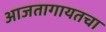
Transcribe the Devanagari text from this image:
आजतागायतचा